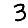
Digit: 3